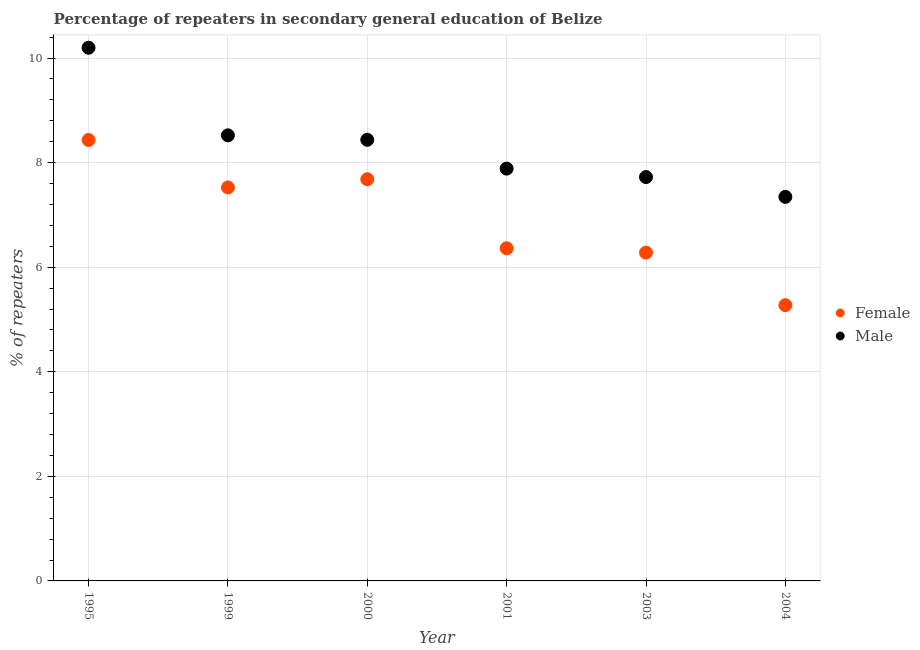
| Year | Female | Male |
 | --- | --- | --- |
 | 1995 | 8.43 | 10.2 |
 | 1999 | 7.52 | 8.52 |
 | 2000 | 7.68 | 8.44 |
 | 2001 | 6.36 | 7.88 |
 | 2003 | 6.28 | 7.72 |
 | 2004 | 5.27 | 7.34 |